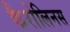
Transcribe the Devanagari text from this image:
कैरोलिनस